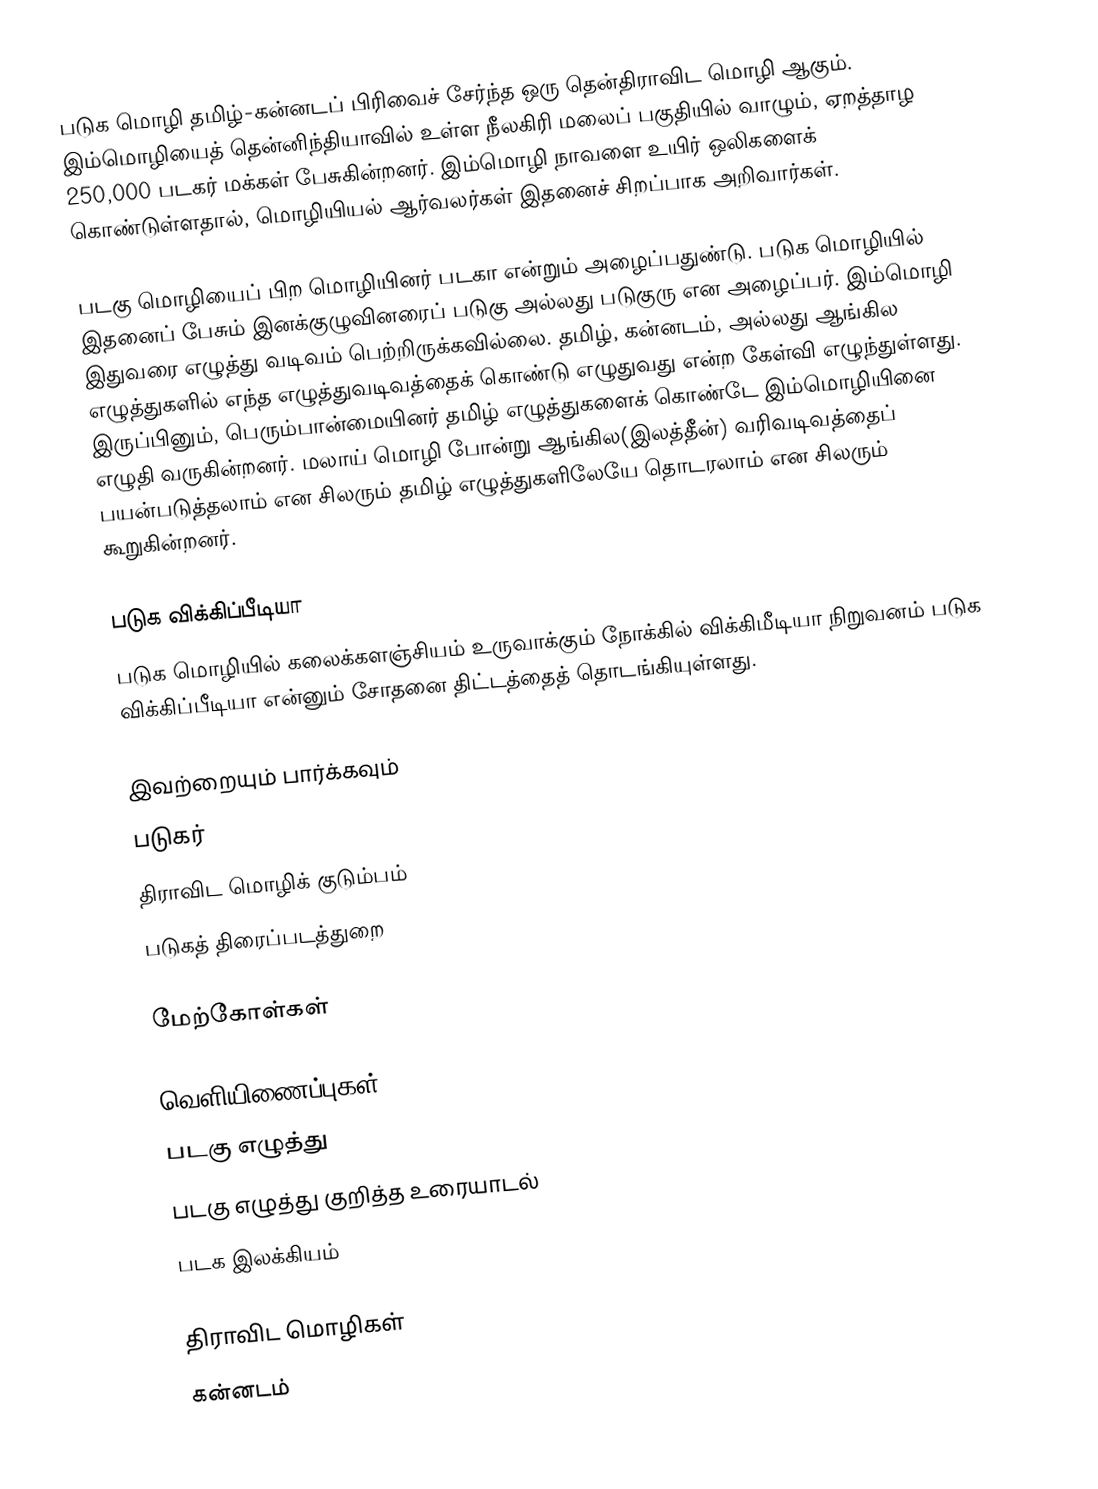
படுக மொழி தமிழ்-கன்னடப் பிரிவைச் சேர்ந்த ஒரு தென்திராவிட மொழி ஆகும். இம்மொழியைத் தென்னிந்தியாவில் உள்ள நீலகிரி மலைப் பகுதியில் வாழும், ஏறத்தாழ 250,000 படகர் மக்கள் பேசுகின்றனர். இம்மொழி நாவளை உயிர் ஒலிகளைக் கொண்டுள்ளதால், மொழியியல் ஆர்வலர்கள் இதனைச் சிறப்பாக அறிவார்கள்.

படகு மொழியைப் பிற மொழியினர் படகா என்றும் அழைப்பதுண்டு. படுக மொழியில் இதனைப் பேசும் இனக்குழுவினரைப் படுகு அல்லது படுகுரு என அழைப்பர். இம்மொழி இதுவரை எழுத்து வடிவம் பெற்றிருக்கவில்லை. தமிழ், கன்னடம், அல்லது ஆங்கில எழுத்துகளில் எந்த எழுத்துவடிவத்தைக் கொண்டு எழுதுவது என்ற கேள்வி எழுந்துள்ளது. இருப்பினும், பெரும்பான்மையினர் தமிழ் எழுத்துகளைக் கொண்டே இம்மொழியினை எழுதி வருகின்றனர். மலாய் மொழி போன்று ஆங்கில(இலத்தீன்) வரிவடிவத்தைப் பயன்படுத்தலாம் என சிலரும் தமிழ் எழுத்துகளிலேயே தொடரலாம் என சிலரும் கூறுகின்றனர்.

படுக விக்கிப்பீடியா
படுக மொழியில் கலைக்களஞ்சியம் உருவாக்கும் நோக்கில் விக்கிமீடியா நிறுவனம் படுக விக்கிப்பீடியா என்னும் சோதனை திட்டத்தைத் தொடங்கியுள்ளது.

இவற்றையும் பார்க்கவும்
 படுகர்
 திராவிட மொழிக் குடும்பம்
 படுகத் திரைப்படத்துறை

மேற்கோள்கள்

வெளியிணைப்புகள்
படகு எழுத்து
படகு எழுத்து குறித்த உரையாடல்
படக இலக்கியம்

திராவிட மொழிகள்
கன்னடம்